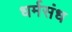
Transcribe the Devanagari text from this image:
धर्मसंध